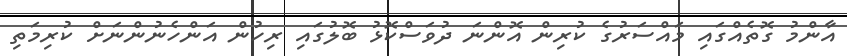
އާންމު ގޮތެއްގައި މައްސަރުގެ ކުރިން އޮންނަ ދުވަސްކޮޅު ބޮލުގައި ރިހުން އަންހެނުންނަށް ކުރިމަތި